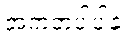
အကတပါပါနံ